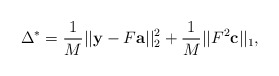
\begin{align*}\Delta^{*} = \frac{1}{M} ||\mathbf{y} - F \mathbf{a}||_2^2 + \frac{1}{M} ||{F}^2 \mathbf{c}||_1, \end{align*}